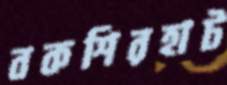
বকশিরহাট